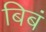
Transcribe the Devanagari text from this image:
बिबं